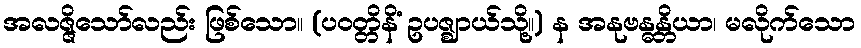
အလဇ္ဇိသော်လည်း ဖြစ်သော။ (ပဝတ္တိနိံ ဥပဇ္ဈာယ်သို့။) န အနုဗန္ဓန္တိယာ၊ မလိုက်သော